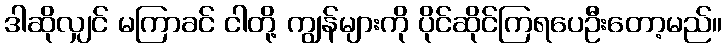
ဒါဆိုလျှင် မကြာခင် ငါတို့ ကျွန်များကို ပိုင်ဆိုင်ကြရပေဦးတော့မည်။